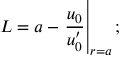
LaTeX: L = a - \left. \frac { u _ { 0 } } { u _ { 0 } ^ { \prime } } \right| _ { r = a } ;